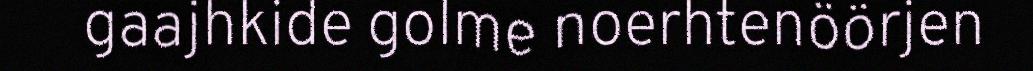
gaajhkide golme noerhtenöörjen